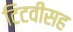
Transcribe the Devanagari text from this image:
टिटवीसह